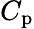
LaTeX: C_{\mathrm{p}}